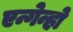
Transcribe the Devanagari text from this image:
एन्गेन्हो